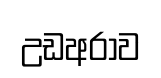
උඩඅරාව